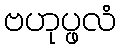
ဗဟုပ္ဖလံ